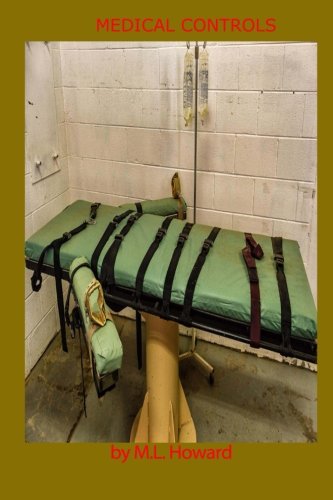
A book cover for Medical Controls; M.L. Howard; Romance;